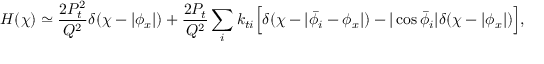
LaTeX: H ( \chi ) \simeq \frac { 2 P _ { t } ^ { 2 } } { Q ^ { 2 } } \delta ( \chi - | \phi _ { x } | ) + \frac { 2 P _ { t } } { Q ^ { 2 } } \sum _ { i } k _ { t i } \Bigl [ \delta ( \chi - | \bar { \phi } _ { i } - \phi _ { x } | ) - | \cos \bar { \phi } _ { i } | \delta ( \chi - | \phi _ { x } | ) \Bigr ] ,